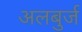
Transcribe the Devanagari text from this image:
अलबुर्ज